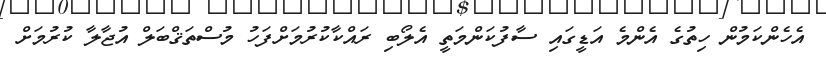
އެހެންކަމުން ހިތުގެ އެންމެ އަޑީގައި ސާފުކަންމަތީ އެލޯބި ރައްކާކުރުމަށްފަހު މުސްތަޤްބަލް އުޖާލާ ކުރުމަށް